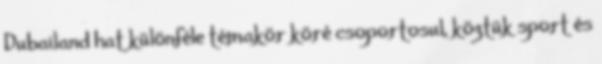
Dubailand hat különféle témakör köré csoportosul, köztük sport és